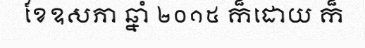
ខែឧសភា ឆ្នាំ ២០១៥ ក៏ដោយ ក៏